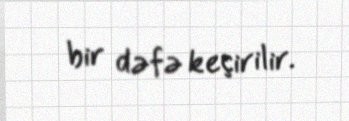
bir dəfə keçirilir.